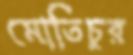
মোতিচুর